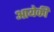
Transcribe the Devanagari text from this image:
आयेकी